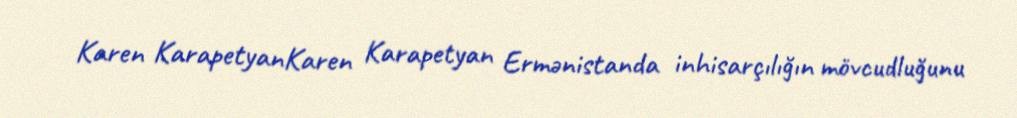
Karen KarapetyanKaren Karapetyan Ermənistanda inhisarçılığın mövcudluğunu